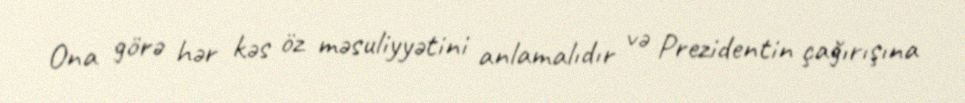
Ona görə hər kəs öz məsuliyyətini anlamalıdır və Prezidentin çağırışına